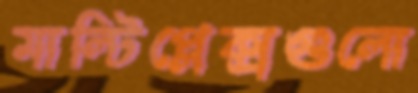
মাল্টিপ্লেক্সগুলো